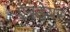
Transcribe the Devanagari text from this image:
ऍनडेयर